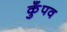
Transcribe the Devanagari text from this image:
कुँपव